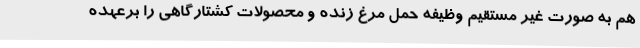
هم به صورت غیر مستقیم وظیفه حمل مرغ زنده و محصولات کشتارگاهی را برعهده